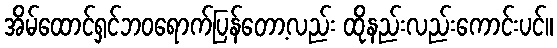
အိမ်ထောင်ရှင်ဘဝရောက်ပြန်တော့လည်း ထိုနည်းလည်းကောင်းပင်။